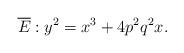
LaTeX: \begin{align*}\overline{E }: y^2=x^3 +4 p^2q^2 x.\end{align*}